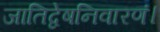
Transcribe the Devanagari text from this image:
जातिद्वेषनिवारणं।